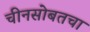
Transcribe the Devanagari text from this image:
चीनसोबतचा